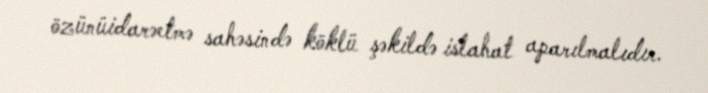
özünüidarəetmə sahəsində köklü şəkildə islahat aparılmalıdır.